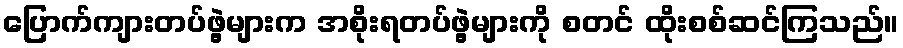
ပြောက်ကျားတပ်ဖွဲ့များက အစိုးရတပ်ဖွဲ့များကို စတင် ထိုးစစ်ဆင်ကြသည်။